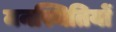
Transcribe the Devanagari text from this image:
मनस्थितियों